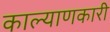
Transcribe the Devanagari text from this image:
काल्याणकारी